Document type: Sale
Year: 1451
Scribe: [Unknown]
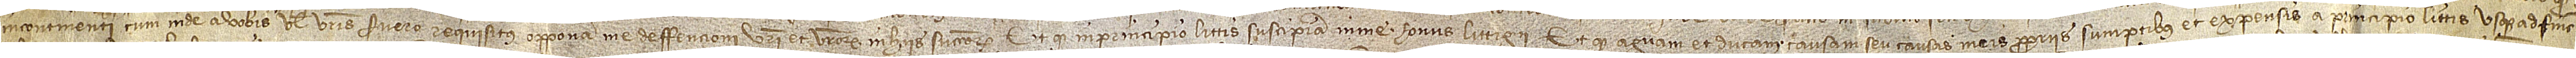
incontinenti cum inde a vobis vel vestris fuero requisitus opponam me deffencioni vestri et vestrorum in hiis successorum; et quod in principio littis suscipiam in me honus littigii; et quod aguam et ducam causam seu causas meis propriis sumptibus et expensis a principio littis usque ad finem